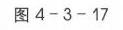
图 4 - 3 - 17